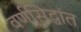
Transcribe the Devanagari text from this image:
वर्णसिद्धांत